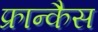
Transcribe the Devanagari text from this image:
फ्रान्कैस